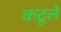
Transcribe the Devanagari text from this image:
कटूले